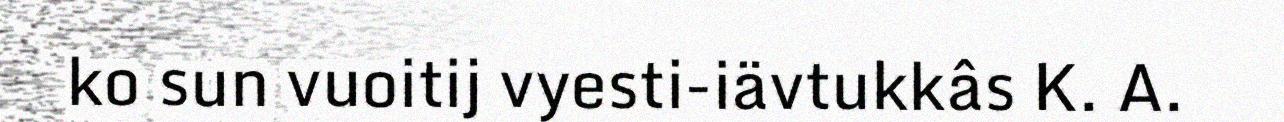
ko sun vuoitij vyesti-iävtukkâs K. A.